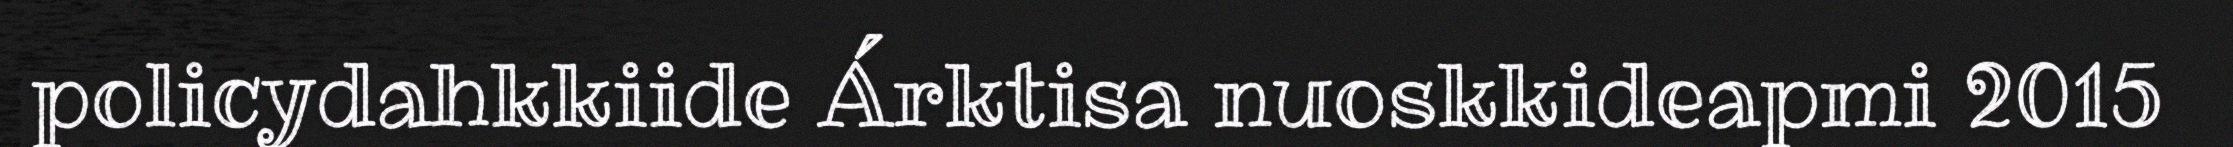
policydahkkiide Árktisa nuoskkideapmi 2015